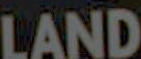
LAND